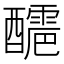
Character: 𨣬